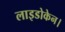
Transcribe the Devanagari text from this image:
लाइडोकेन।